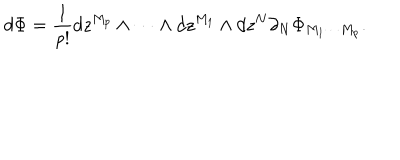
LaTeX: d \Phi = \frac { 1 } { p ! } d z ^ { M _ { p } } \wedge \cdots \wedge d z ^ { M _ { 1 } } \wedge d z ^ { N } \partial _ { N } \Phi _ { M _ { 1 } \cdots M _ { p } } .